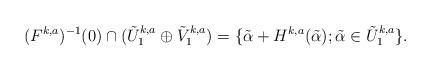
LaTeX: \begin{align*}(F^{k,a})^{-1}(0) \cap (\tilde{U}_{1}^{k,a} \oplus \tilde{V}_{1}^{k,a})=\{ \tilde{\alpha} + H^{k,a}(\tilde{\alpha}); \tilde{\alpha} \in \tilde{U}_{1}^{k,a} \}.\end{align*}